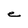
Character: e